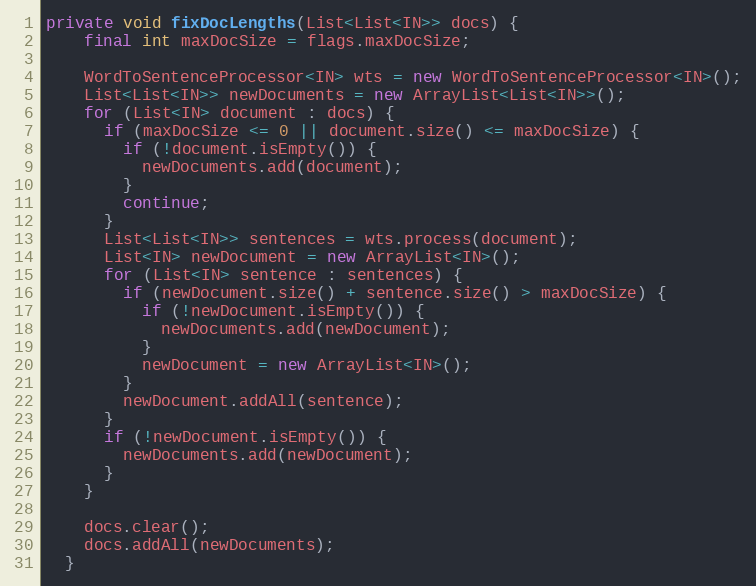
Language: Java
private void fixDocLengths(List<List<IN>> docs) {
    final int maxDocSize = flags.maxDocSize;

    WordToSentenceProcessor<IN> wts = new WordToSentenceProcessor<IN>();
    List<List<IN>> newDocuments = new ArrayList<List<IN>>();
    for (List<IN> document : docs) {
      if (maxDocSize <= 0 || document.size() <= maxDocSize) {
        if (!document.isEmpty()) {
          newDocuments.add(document);
        }
        continue;
      }
      List<List<IN>> sentences = wts.process(document);
      List<IN> newDocument = new ArrayList<IN>();
      for (List<IN> sentence : sentences) {
        if (newDocument.size() + sentence.size() > maxDocSize) {
          if (!newDocument.isEmpty()) {
            newDocuments.add(newDocument);
          }
          newDocument = new ArrayList<IN>();
        }
        newDocument.addAll(sentence);
      }
      if (!newDocument.isEmpty()) {
        newDocuments.add(newDocument);
      }
    }

    docs.clear();
    docs.addAll(newDocuments);
  }